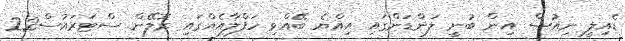
ޑެއިލީ ނިއުސް އިން ބުނީ ލަންޑަންގައި އިއްޔެ ބޭއްވި ހަފްލާއެއްގައި ރޮލޭން ސްޓަރައުސް22